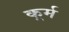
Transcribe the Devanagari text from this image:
कर्र्म